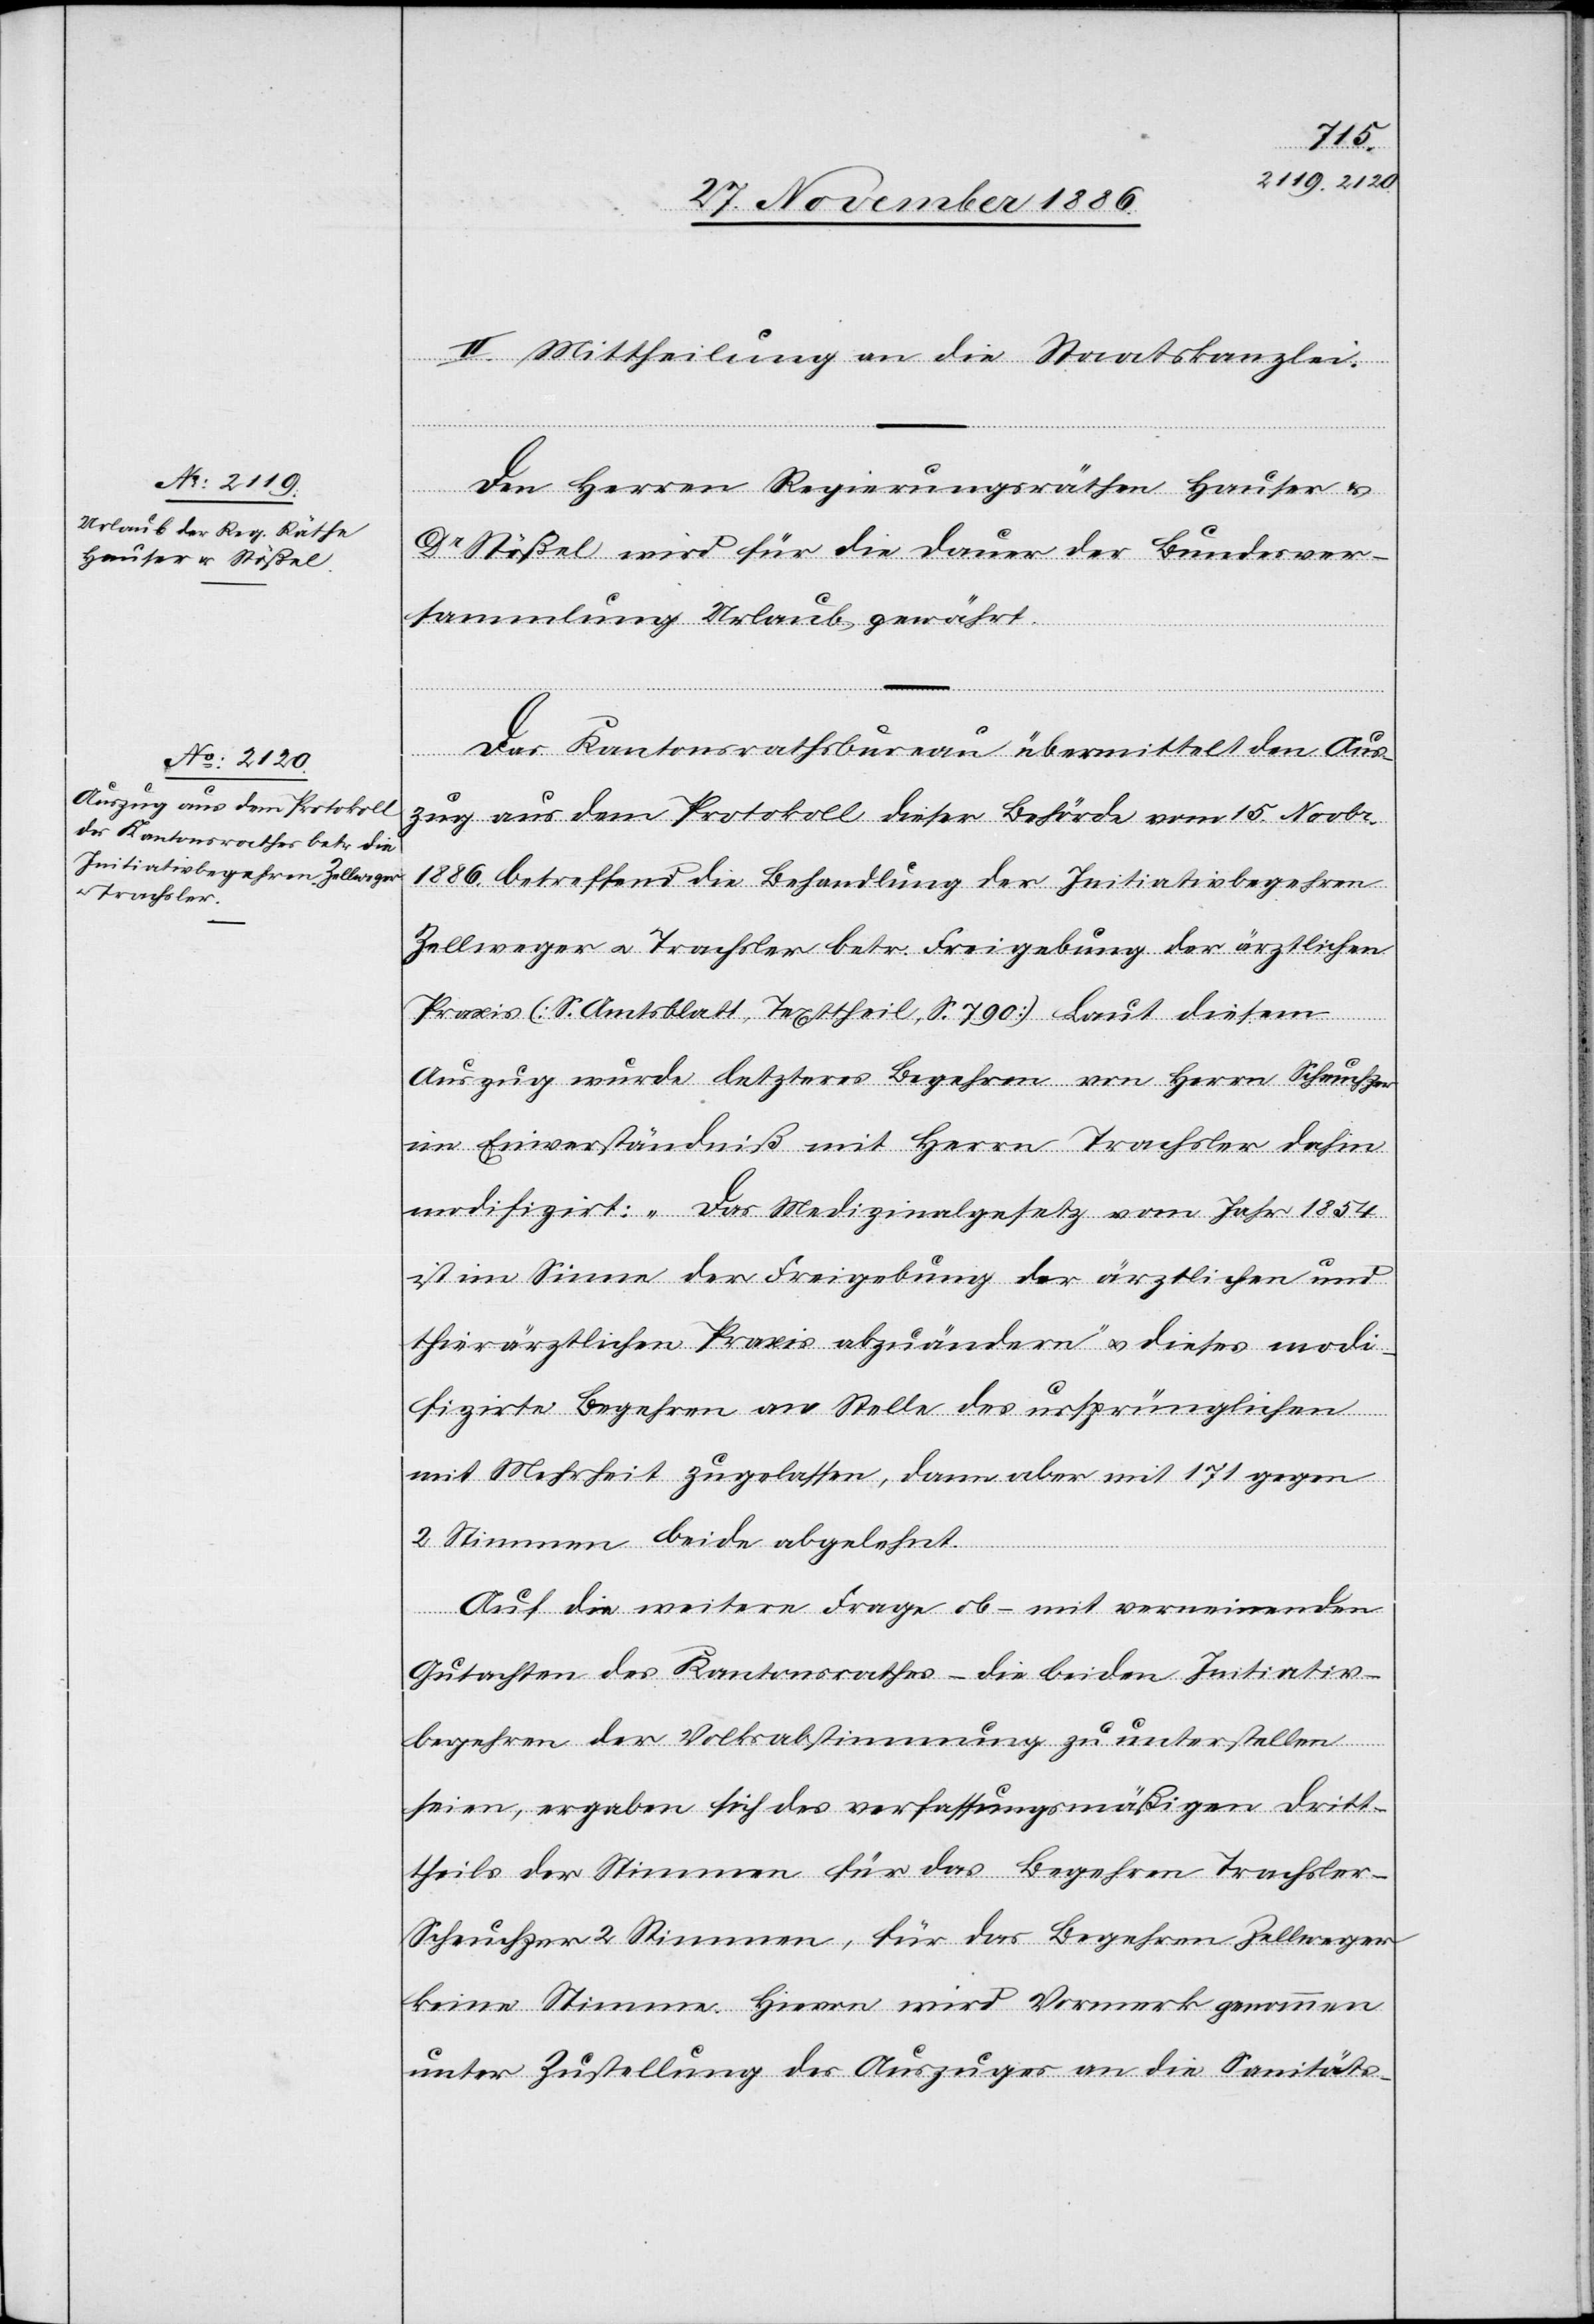
II. Mittheilung an die Staatskanzlei.
Den Herren Regierungsräthen Hauser &
Dr Stößel wird für die Dauer der Bundesver¬
sammlung Urlaub gewährt.
Das Kantonsrathsbureau übermittelt den Aus¬
zug aus dem Protokoll dieser Behörde vom 15. Novbr.
1886. betreffend die Behandlung der Initiativbegehren
Zellweger & Trachsler betr. Freigebung der ärztlichen
Praxis (S. Amtsblatt, Texttheil, S. 790). Laut diesem
Auszug wurde letzteres Begehren von Herrn Scheuchzer
im Einverständniß mit Herrn Trachsler dahin
modifizirt: „Das Medizinalgesetz vom Jahr 1854
ist im Sinne der Freigebung der ärtzlichen und
thierärztlichen Praxis abzuändern“ & dieses modi¬
fizirte Begehren an Stelle des ursprünglichen
mit Mehrheit zugelassen, dann aber mit 171 gegen
2 Stimmen beide abgelehnt.
Auf die weitere Frage ob – mit verneinenden
Gutachten des Kantonsrathes – die beiden Initiativ¬
begehren der Volksabstimmung zu unterstellen
seien, ergaben sich des verfassungsmäßigen Dritt¬
theils der Stimmen für das Begehren Trachsle¬
r-Scheuchzer 2 Stimmen, für das Begehren Zellweger
keine Stimme. Hievon wird Vormerk genommen
unter Zustellung des Auszuges an die Sanitäts-